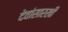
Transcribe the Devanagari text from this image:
देवांसारखी